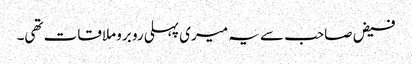
فیض صاحب سے یہ میری پہلی رو برو ملاقات تھی۔